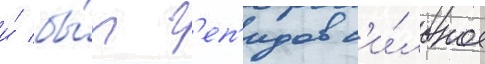
и́ бы́т г'еп'идов с'и́льное